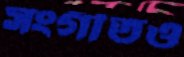
সংগীতও